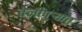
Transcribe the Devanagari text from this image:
तेलीपुर्‍यात